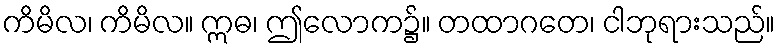
ကိမိလ၊ ကိမိလ။ ဣဓ၊ ဤလောက၌။ တထာဂတေ၊ ငါဘုရားသည်။